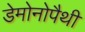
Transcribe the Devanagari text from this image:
डेमोनोपैथी